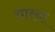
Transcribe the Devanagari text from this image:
थारना